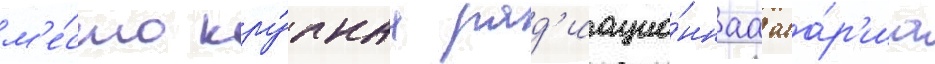
м'е́сто кру́пнаа рад'иацио́ннаа ава́р'иа